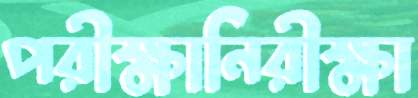
পরীক্ষানিরীক্ষা